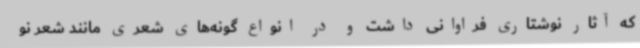
که آثار نوشتاری فراوانی داشت و در انواع گونه‌های شعری مانند شعر نو